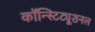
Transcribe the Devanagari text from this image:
कॉन्स्टिट्यूशनल